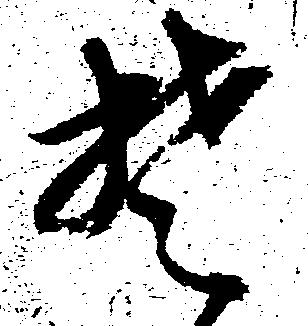
楚